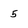
Character: 5